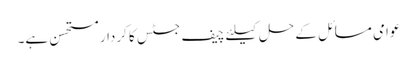
عوامی مسائل کے حل کیلئے چیف جسٹس کا کردار مستحسن ہے۔